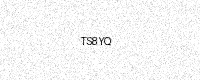
Text: TS8YQ